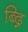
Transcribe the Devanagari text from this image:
ब्द्गि